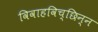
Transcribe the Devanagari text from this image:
विवाहविच्छिन्न